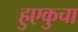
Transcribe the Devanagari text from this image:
हुएकुचा